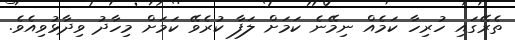
ތެރޭގައި ހުރިހާ ކަމެއް ނިމޭނެ ކަމަށް ލަފާ ކުރެވޭ ކަމަށް މިހާދު ވިދާޅުވިއެވެ.